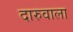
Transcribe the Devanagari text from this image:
दारुवाला